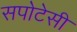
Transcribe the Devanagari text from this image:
सपोटेसी